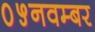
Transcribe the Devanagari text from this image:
०५नवम्बर